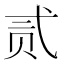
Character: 贰